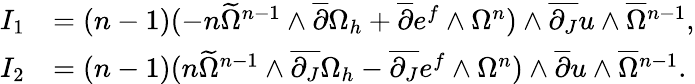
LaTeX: \begin{array}{rl}{I_{1}}&{=(n-1)(-n\widetilde{\Omega}^{n-1}\wedge\overline{{\partial}}\Omega_{h}+\overline{{\partial}}e^{f}\wedge\Omega^{n})\wedge\overline{{\partial_{J}}}u\wedge\overline{{\Omega}}{\mathstrut}^{n-1},}\\ {I_{2}}&{=(n-1)(n\widetilde{\Omega}^{n-1}\wedge\overline{{\partial_{J}}}\Omega_{h}-\overline{{\partial_{J}}}e^{f}\wedge\Omega^{n})\wedge\overline{{\partial}}u\wedge\overline{{\Omega}}{\mathstrut}^{n-1}.}\end{array}